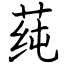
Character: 莼